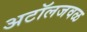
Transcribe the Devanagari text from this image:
अटॉलजवळ